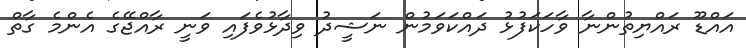
އައްޑޫ ރައްޔިތުންނާ ވާހަކަފުޅު ދައްކަވަމުން ނަޝީދު ވިދާޅުވެފައި ވަނީ ރާއްޖޭގެ އެންމެ ގާތް